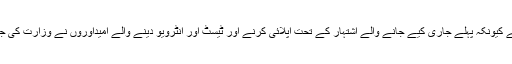
مزید برآں وزارت سائنس و ٹیکنالوجی نے معاملے کے حل کے لیے بھرپور تگ و دو شروع کردی ہے کیونکہ پہلے جاری کیے جانے والے اشتہار کے تحت اپلائی کرنے اور ٹیسٹ اور انٹرویو دینے والے اُمیداوروں نے وزارت کی جانب سے انہی آسامیوں کے لیے بھرتیوں کا عمل دوبارہ شروع کرنے کو عدالتوں میں چیلنج کردیا ہے۔